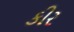
કીર